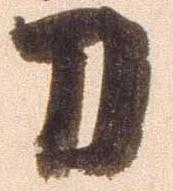
刀